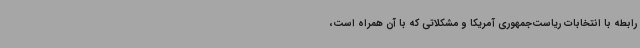
رابطه با انتخابات ریاست‌جمهوری آمریکا و مشکلاتی که با آن همراه است،